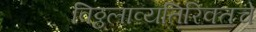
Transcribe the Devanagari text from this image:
विठ्ठलाव्यतिरिक्तचे